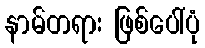
နာမ်တရား ဖြစ်ပေါ်ပုံ